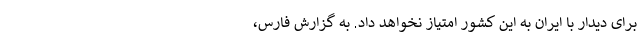
برای دیدار با ایران به این کشور امتیاز نخواهد داد. به گزارش فارس،